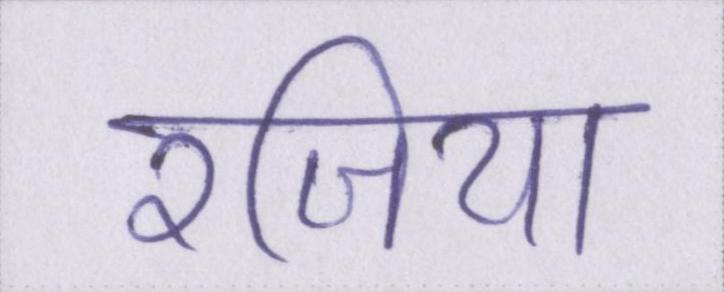
रजिया